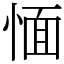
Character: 愐